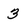
Character: 3